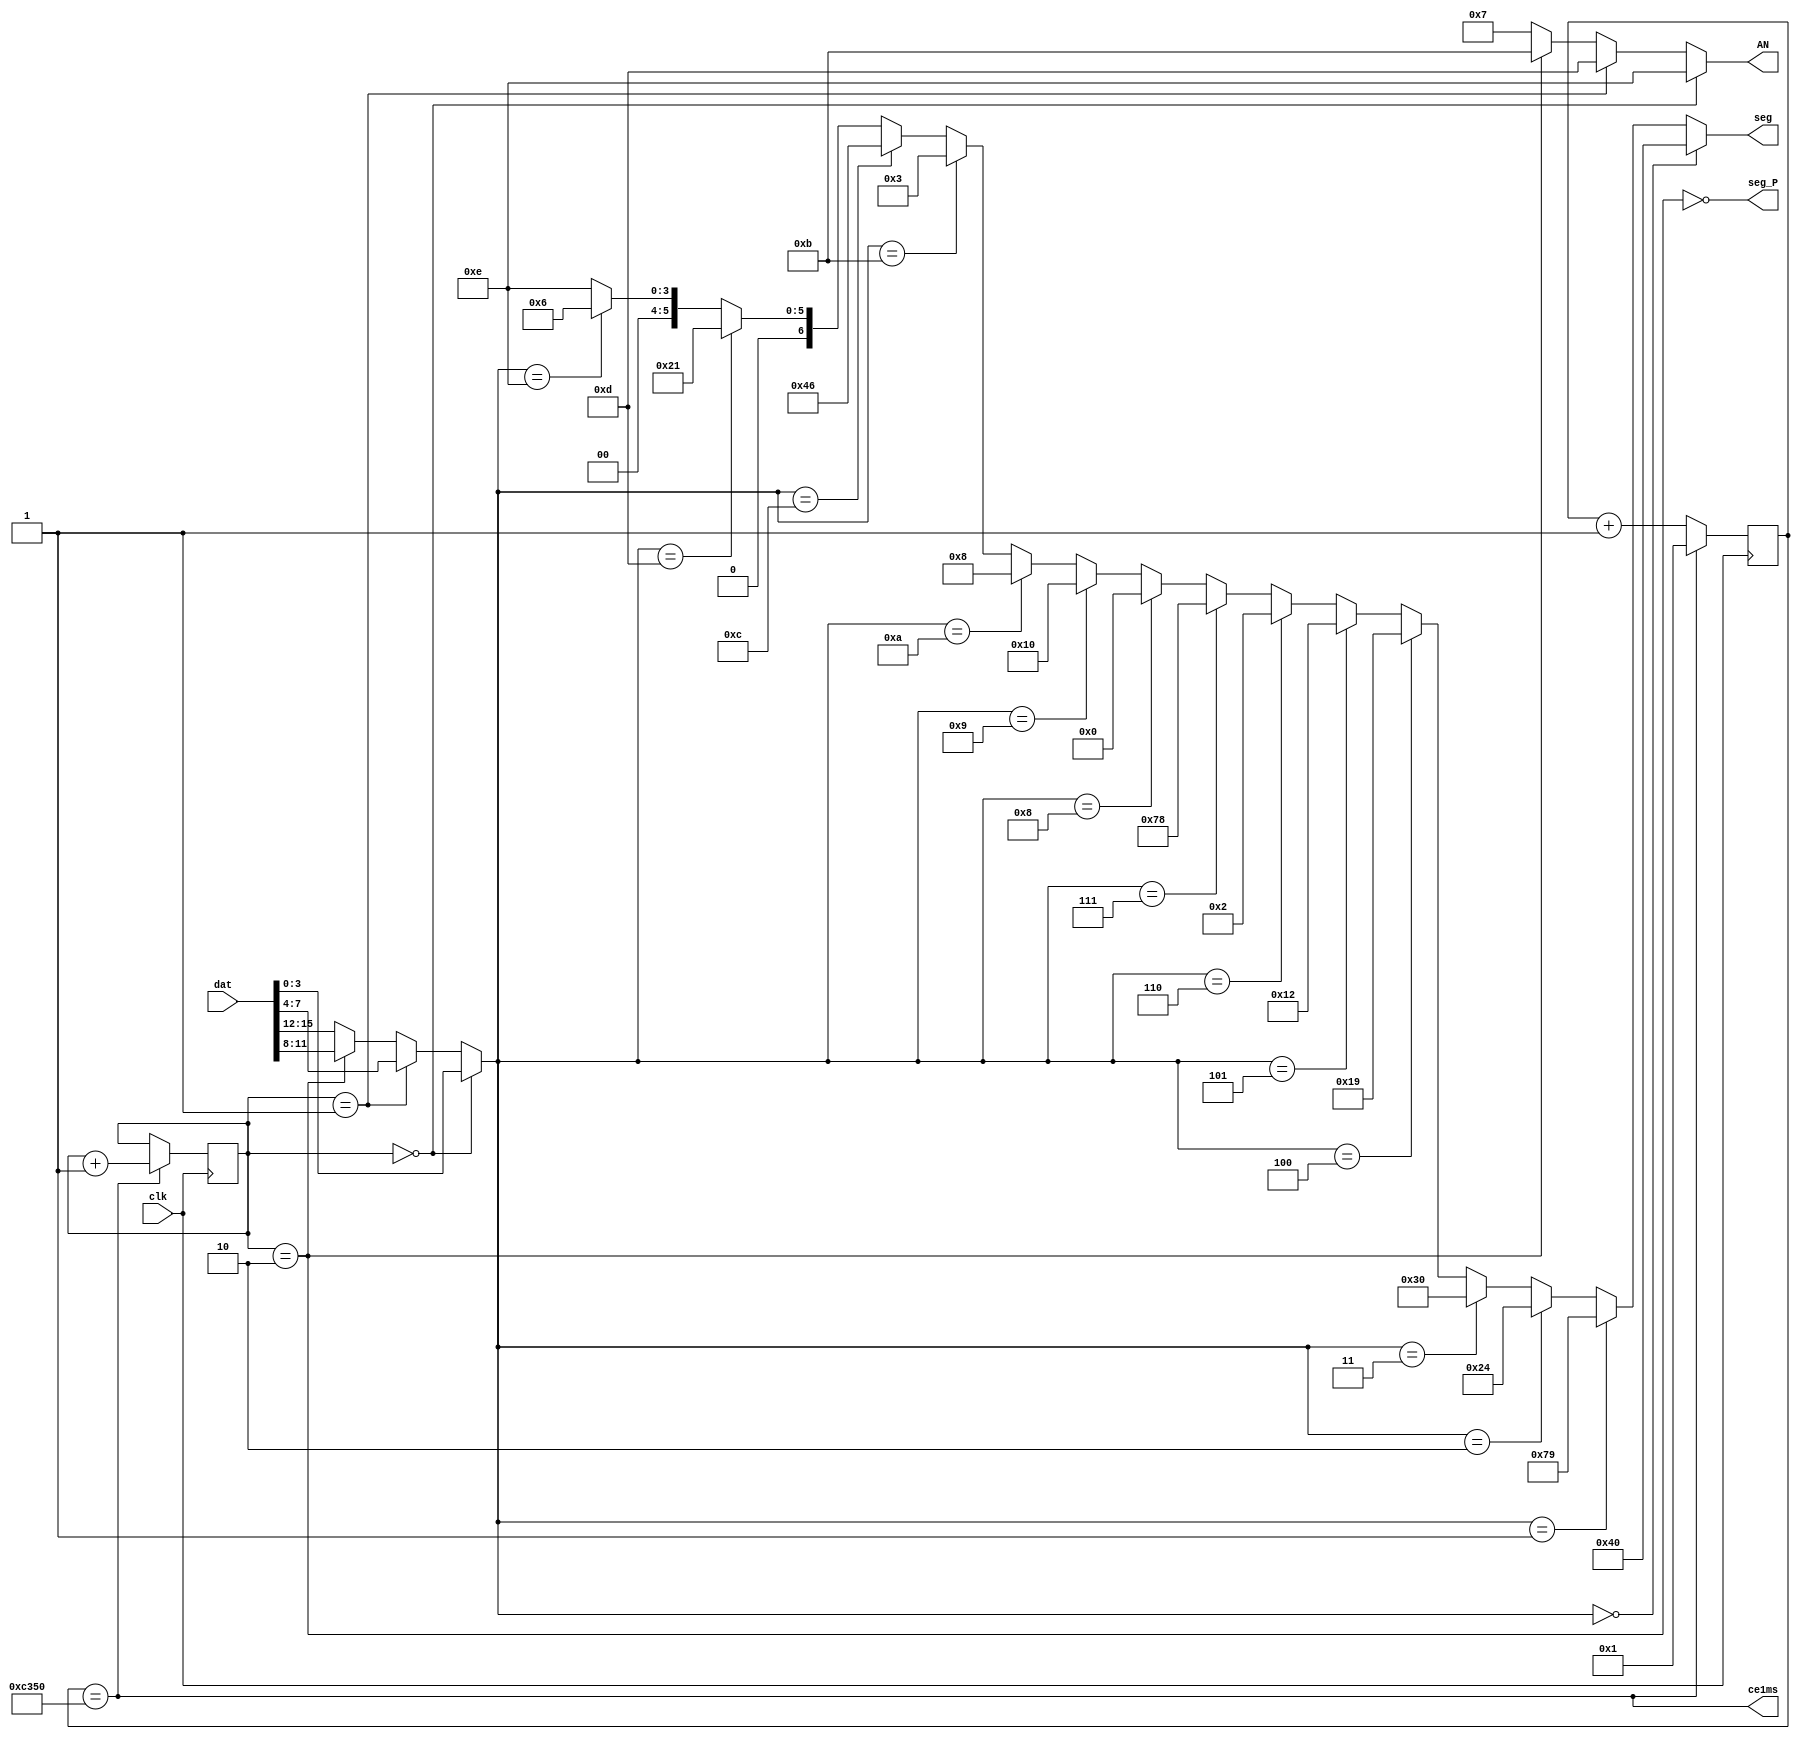
module DISPLAY( input      clk, output wire[3:0] AN,	  //
								input[15:0]dat, output wire[6:0] seg,   //
															  output wire ce1ms,      //count enable 1 ms
															  output wire seg_P);		  //
	
	// TODO: do not forget to change this parameters for implementation 
	parameter Fclk = 50000 ;	//50000 kHz
	parameter F1kHz= 1 ;		  //1 kHz

	reg [15:0] cb_1ms = 0 ;
	wire ce = (cb_1ms == Fclk/F1kHz) ;

	always @ (posedge clk) begin
		cb_1ms <= ce? 1 : cb_1ms+1 ;
	end
	reg [1:0]cb_an=0 ; // 
	//-----------------
	always @ (posedge clk) if (ce) begin
		cb_an <= cb_an+1 ;
	end
	//------- -------------
	assign AN = (cb_an==0)? 4'b1110 : //  0 ()
							(cb_an==1)? 4'b1101 : //  1
							(cb_an==2)? 4'b1011 : //  2
													4'b0111 ; //  3 ()
	//-------  (HEX )-------------
	wire[3:0] dig=(cb_an==0)? dat[3:0]:
								(cb_an==1)? dat[7:4]:
								(cb_an==2)? dat[11:8]: dat[15:12];
	//-------  ----------
	//gfedcba
	assign seg = (dig== 0)? 7'b1000000 : //0   a
							 (dig== 1)? 7'b1111001 : //1 f| |b
							 (dig== 2)? 7'b0100100 : //2   g
							 (dig== 3)? 7'b0110000 : //3 e| |c
							 (dig== 4)? 7'b0011001 : //4   d
							 (dig== 5)? 7'b0010010 : //5
							 (dig== 6)? 7'b0000010 : //6
							 (dig== 7)? 7'b1111000 : //7
							 (dig== 8)? 7'b0000000 : //8
							 (dig== 9)? 7'b0010000 : //9
							 (dig==10)? 7'b0001000 : //A
							 (dig==11)? 7'b0000011 : //b
							 (dig==12)? 7'b1000110 : //C
							 (dig==13)? 7'b0100001 : //d
							 (dig==14)? 7'b0000110 : //E
													7'b0001110 ; //F
	//------- -------
	assign seg_P = !(cb_an == 2) ; //   
	//---------CE1ms---------
	assign ce1ms = ce;
endmodule